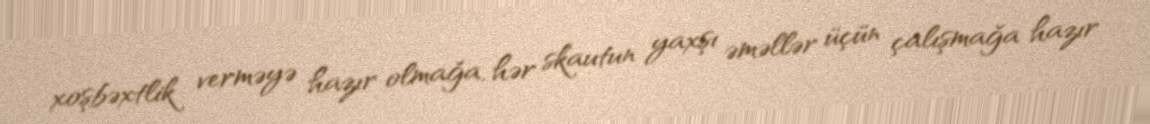
xoşbəxtlik verməyə hazır olmağa, hər skautun yaxşı əməllər üçün çalışmağa hazır